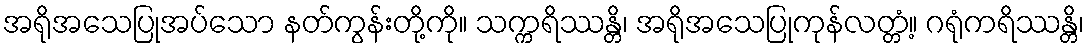
အရိုအသေပြုအပ်သော နတ်ကွန်းတို့ကို။ သက္ကရိဿန္တိ၊ အရိုအသေပြုကုန်လတ္တံ့။ ဂရုံကရိဿန္တိ၊